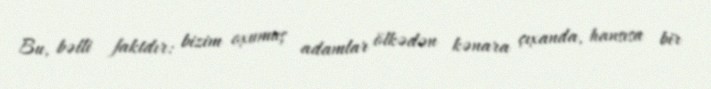
Bu, bəlli faktdır: bizim oxumuş adamlar ölkədən kənara çıxanda, hansısa bir